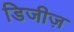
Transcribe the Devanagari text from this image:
डिजीज़